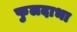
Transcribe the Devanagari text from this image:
फुलदाभा